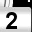
Digit: 2